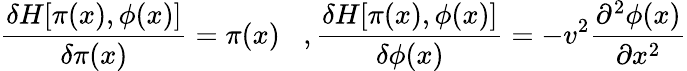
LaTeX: \frac{\delta H[\pi(x),\phi(x)]}{\delta\pi(x)}=\pi(x)\; \; \; ,\frac{\delta H[\pi(x),\phi(x)]}{\delta\phi(x)}=-v^{2}\frac{\partial^{2}\phi(x)}{\partial x^{2}}